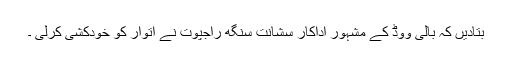
بتادیں کہ بالی ووڈ کے مشہور اداکار سشانت سنگھ راجپوت نے اتوار کو خودکشی کرلی ۔